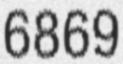
6869